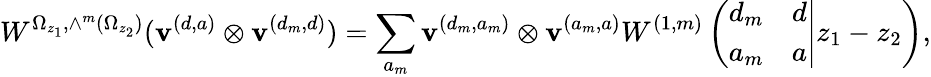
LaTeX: W^{\Omega_{z_{1}},\wedge^{m}(\Omega_{z_{2}})}(\mathbf{v}^{(d,a)}\otimes\mathbf{v}^{(d_{m},d)})=\sum_{a_{m}}\mathbf{v}^{(d_{m},a_{m})}\otimes\mathbf{v}^{(a_{m},a)}W^{(1,m)}\left(\left.\begin{array}{cc}{{d_{m}}}&{{d}}\\ {{a_{m}}}&{{a}}\end{array}\right|z_{1}-z_{2}\right),